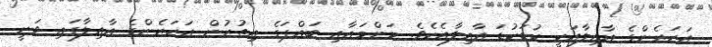
އަހަރެންގެ އާއިލާއަކީ ކުޑަކުޑަ އާއިލާއެކެވެ. މަންމައާއި ބައްޕަގެ އިތުރުން އަހަރެންގެ އާއިލާގައި ވަނީ